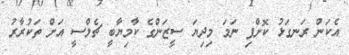
އެކަން ރަނގަޅު ކޮށްފި ނަމަ މިދިޔަ ސީޒަންގެ ކާމިޔާބީ ޗެލްސީ އަށް ތަކުރާރު